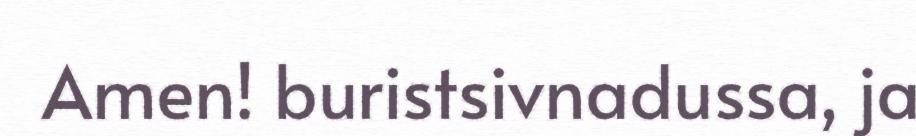
Amen! buristsivnadussa, ja